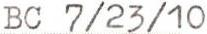
BC 7/23/10